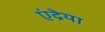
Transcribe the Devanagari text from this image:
एंद्रेया